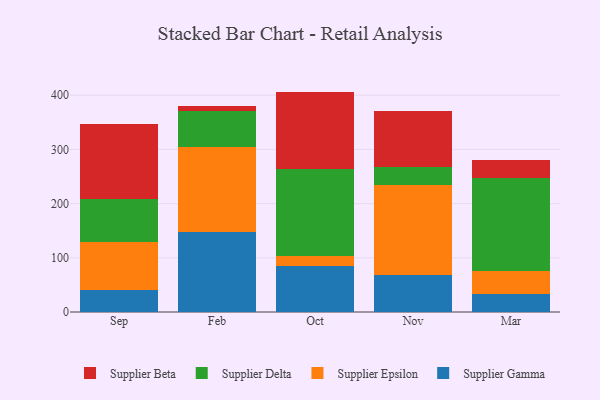
{"axis": {"x": "Month", "y": "Operating Costs (USD K)"}, "legend": ["Supplier Beta", "Supplier Delta", "Supplier Epsilon", "Supplier Gamma"], "data": [{"x": "Sep", "y": 40.8, "type": "Supplier Gamma"}, {"x": "Sep", "y": 87.5, "type": "Supplier Epsilon"}, {"x": "Sep", "y": 79.4, "type": "Supplier Delta"}, {"x": "Sep", "y": 139.6, "type": "Supplier Beta"}, {"x": "Feb", "y": 147.2, "type": "Supplier Gamma"}, {"x": "Feb", "y": 156.9, "type": "Supplier Epsilon"}, {"x": "Feb", "y": 67.2, "type": "Supplier Delta"}, {"x": "Feb", "y": 8.0, "type": "Supplier Beta"}, {"x": "Oct", "y": 84.2, "type": "Supplier Gamma"}, {"x": "Oct", "y": 19.0, "type": "Supplier Epsilon"}, {"x": "Oct", "y": 160.6, "type": "Supplier Delta"}, {"x": "Oct", "y": 142.9, "type": "Supplier Beta"}, {"x": "Nov", "y": 69.2, "type": "Supplier Gamma"}, {"x": "Nov", "y": 164.9, "type": "Supplier Epsilon"}, {"x": "Nov", "y": 33.8, "type": "Supplier Delta"}, {"x": "Nov", "y": 103.6, "type": "Supplier Beta"}, {"x": "Mar", "y": 32.7, "type": "Supplier Gamma"}, {"x": "Mar", "y": 43.4, "type": "Supplier Epsilon"}, {"x": "Mar", "y": 170.3, "type": "Supplier Delta"}, {"x": "Mar", "y": 33.6, "type": "Supplier Beta"}]}